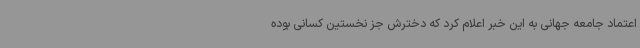
اعتماد جامعه جهانی به این خبر اعلام کرد که دخترش جز نخستین کسانی بوده